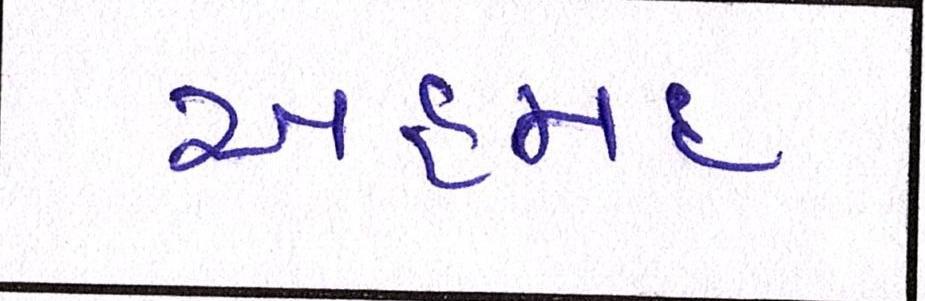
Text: આહમદ